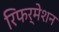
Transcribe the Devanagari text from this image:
रिफर्मेशन